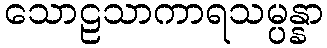
သောဠသာကာရသမ္ပန္နာ